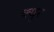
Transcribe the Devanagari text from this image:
क्युर